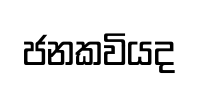
ජනකවියද